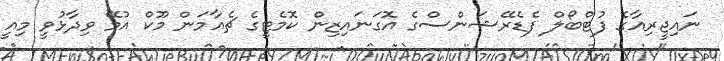
ނައިޖީރިއާގެ ފުޓްބޯލް ފެޑެރޭޝަންސްގެ އޮގަނައިޒިން ކޮމެޓީގެ ޗެއާމަން މޫކް އުމޭ ވިދާޅުވީ މިއީ